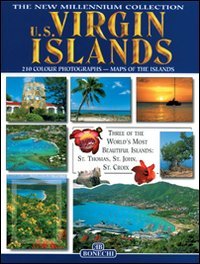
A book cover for U.S. Virgin Islands (New Millennium Collection: The Americas); Travel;